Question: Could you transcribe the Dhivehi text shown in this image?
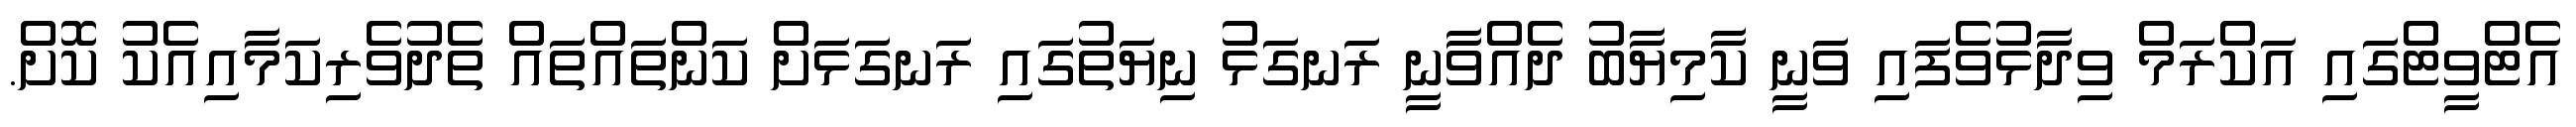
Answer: އެޓްވީޓްގައި އަކްރަމް ވިދާޅުވެފައި ވަނީ ކާމިޔާބު ދެއްވާނީ ރަނގަޅު ނިޔަތުގައި ރަނގަޅަށް ކަންތައްތައް ތެދުވެރިކަމާއިއެކު ކޮށް.